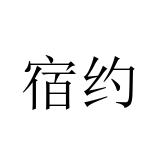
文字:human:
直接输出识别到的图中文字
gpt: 宿约